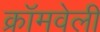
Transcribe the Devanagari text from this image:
क्रॉमवेली